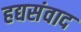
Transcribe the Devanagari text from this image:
हद्यसंवाद